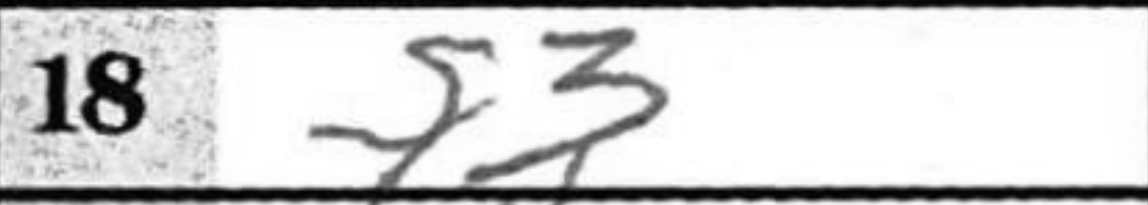
Transcription: f3